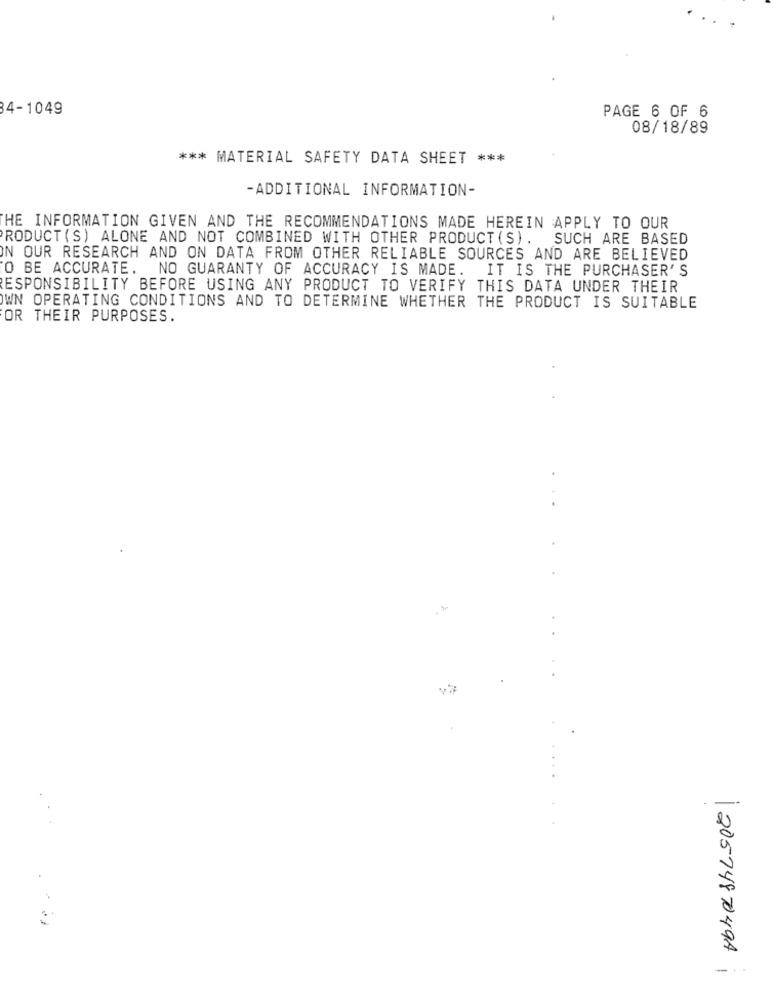
84-1049
PAGE 6 OF 6
08/18/89
*** MATERIAL SAFETY DATA SHEET ***
-ADDITIONAL INFORMATION-
HE INFORMATION GIVEN AND THE RECOMMENDATIONS MADE HEREIN APPLY TO OUR
RODUCT (S) ALONE AND NOT COMBINED WITH OTHER PRODUCT (S).
SUCH ARE BASED
IN OUR RESEARCH AND ON DATA FROM OTHER RELIABLE SOURCES AND ARE BELIEVED
O BE ACCURATE. NO GUARANTY OF ACCURACY IS MADE.
IT IS THE PURCHASER'S
RESPONSIBILITY BEFORE USING ANY PRODUCT TO VERIFY THIS DATA UNDER THEIR
OWN OPERATING CONDITIONS AND TO DETERMINE WHETHER THE PRODUCT IS SUITABLE
OR THEIR PURPOSES.
... ....
20574870497 ;